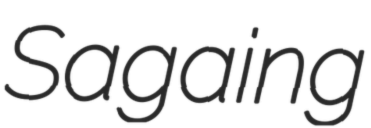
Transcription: Sagaing